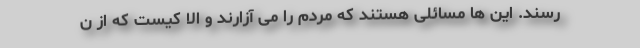
رسند. این ها مسائلی هستند که مردم را می آزارند و الا کیست که از ن